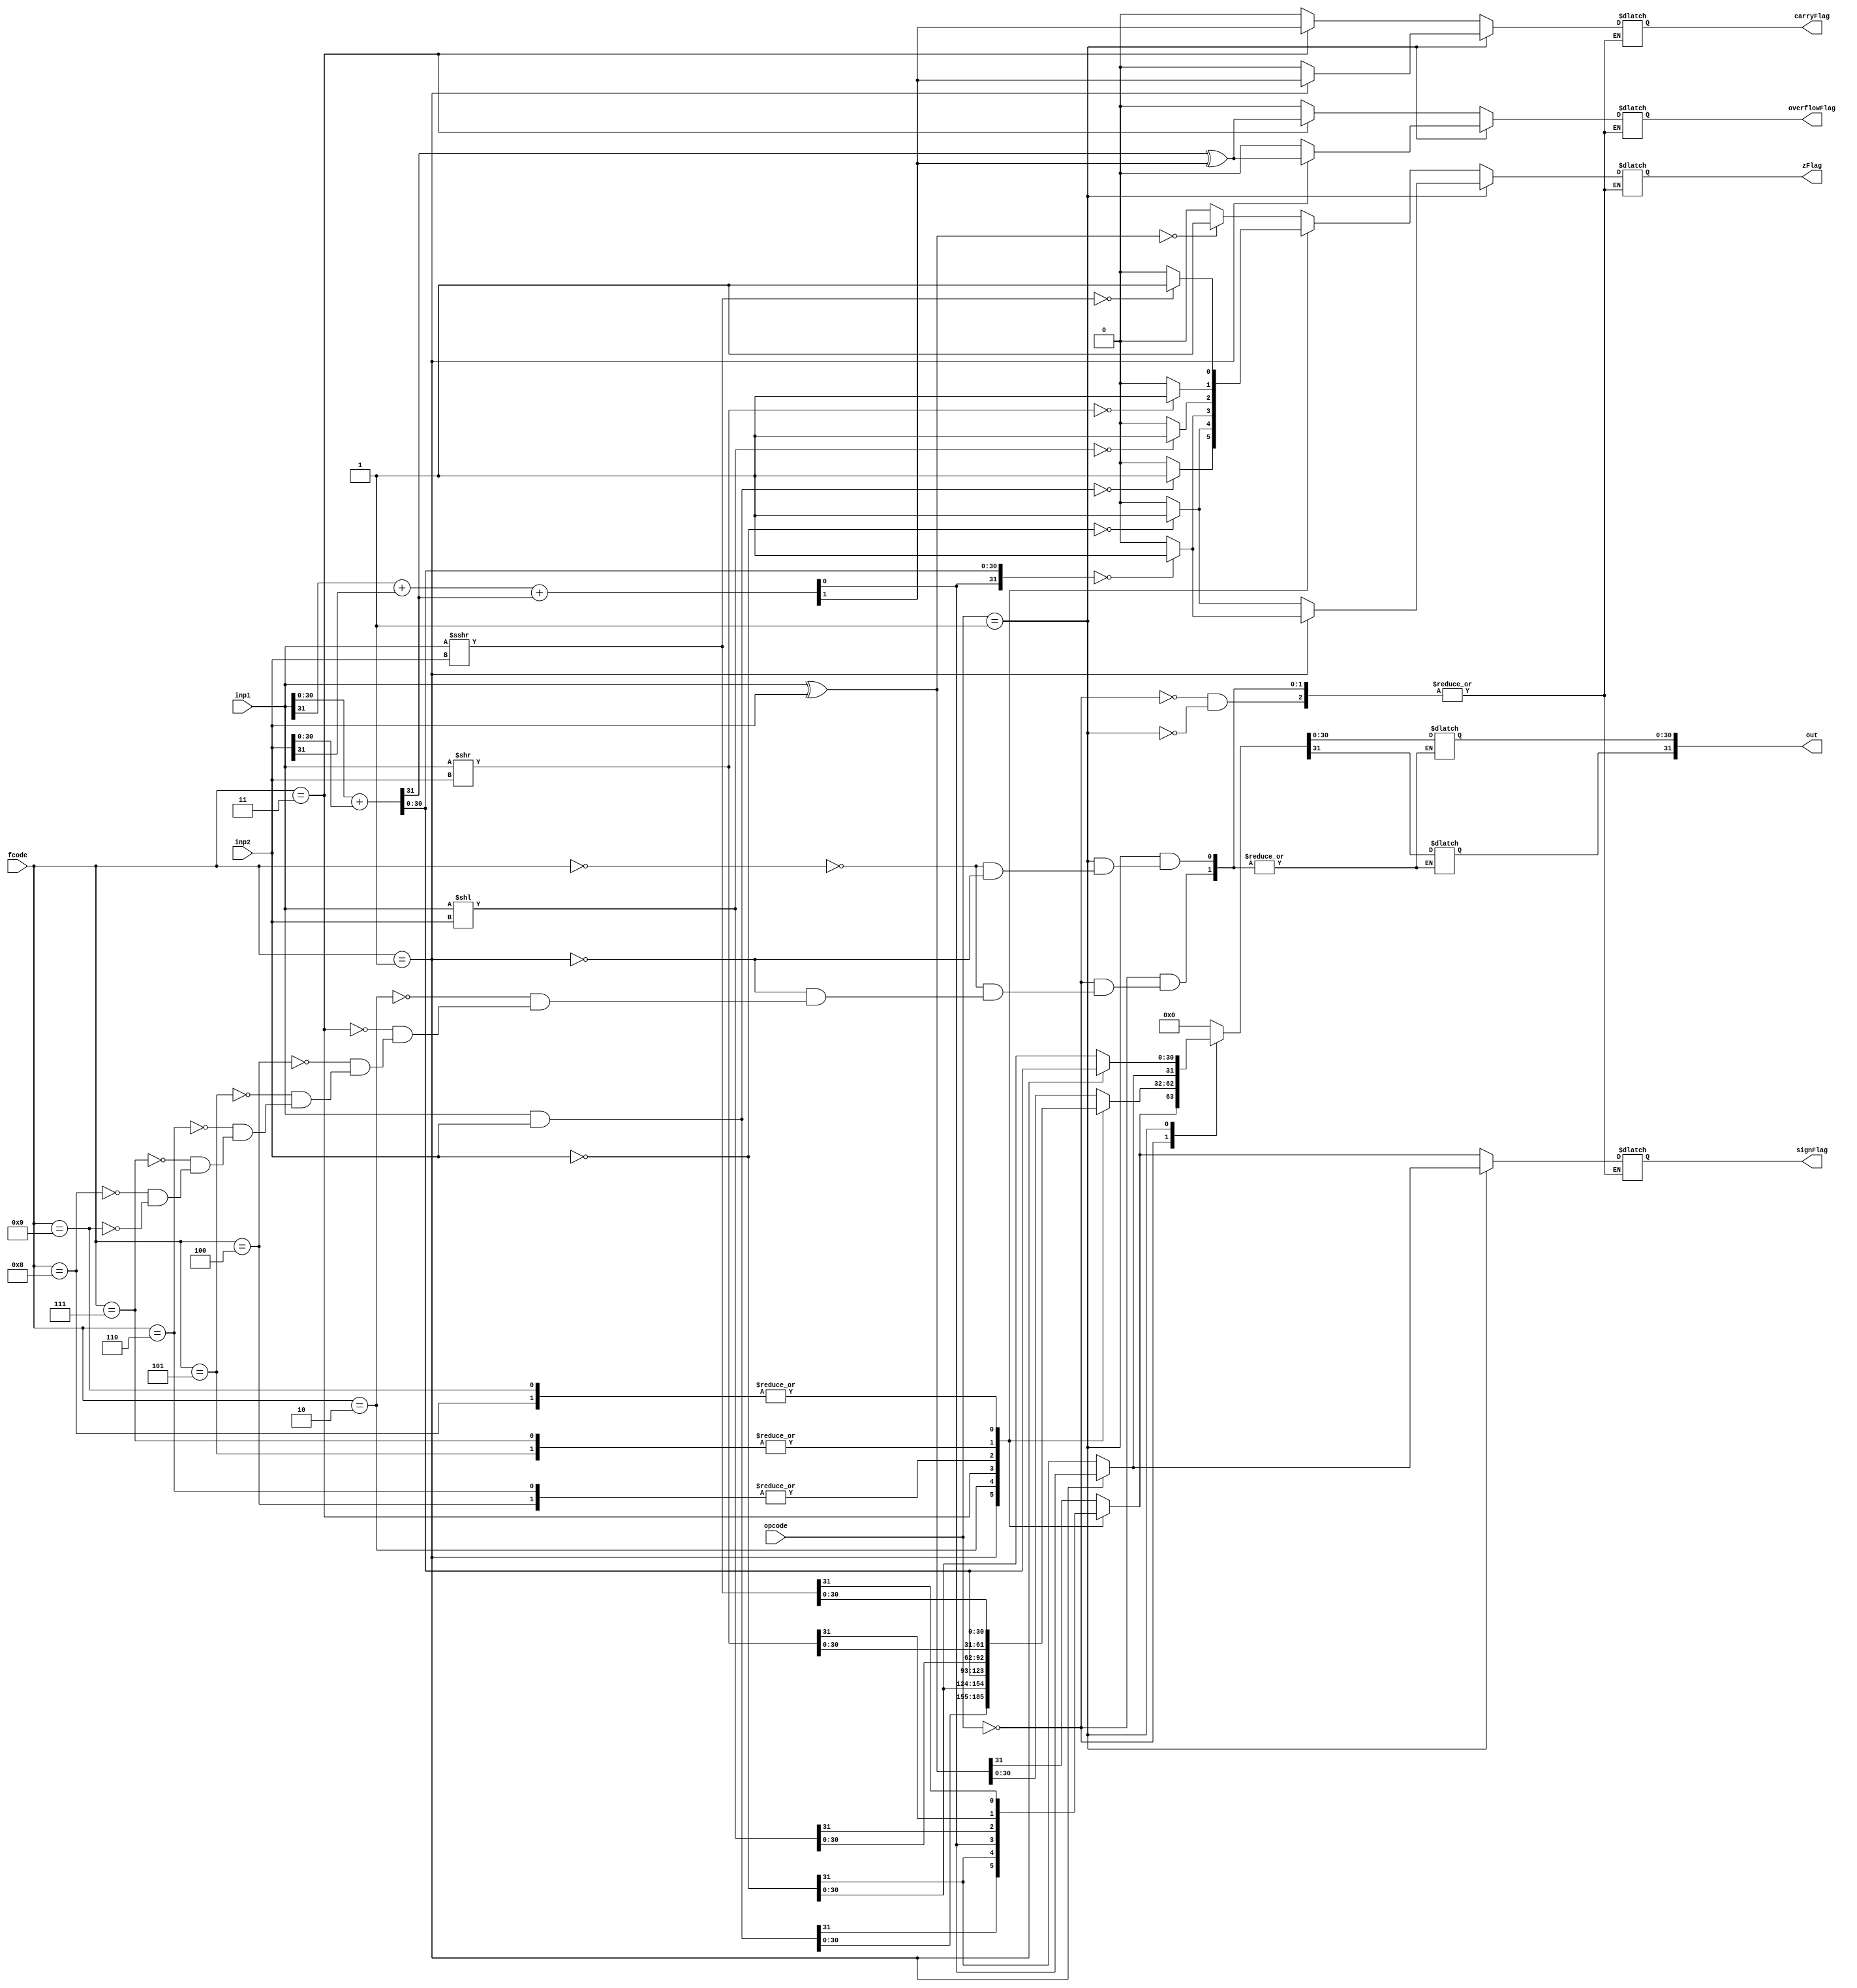
`timescale 1ns / 1ps
//ALU: To perform arithmetic and shift operations
//16CS10058 Lovish Chopra
//16CS10057 Himanshu Mundhra

module ALU(
    input [31:0] inp1,
    input [31:0] inp2,
	 input [2:0] opcode,
    input [3:0] fcode,
    output reg [31:0] out,
	 output reg carryFlag,
	 output reg zFlag,
	 output reg signFlag,
	 output reg overflowFlag
    );

reg c31,c32;

always @(*)
	begin
		case(opcode) 
			3'b000: begin              //R Type arithmetic and shift instructions
						case(fcode)
						4'b0000: begin     //xor
									out=inp1^inp2;
									overflowFlag=1'b0;
									carryFlag=1'b0;
									zFlag=(out==0)?1'b1:1'b0;
									signFlag=out[31];
									end
						4'b0001:	begin 	//and
									out=inp1&inp2;
									overflowFlag=1'b0;
									carryFlag=1'b0;
									zFlag=(out==0)?1'b1:1'b0;
									signFlag=out[31];
									end 
						4'b0010:	begin		//comp
									out=~inp2;
									overflowFlag=1'b0;
									carryFlag=1'b0;
									zFlag=(out==0)?1'b1:1'b0;
									signFlag=out[31];
									end
						4'b0011:	begin		//add
									{c31,out[30:0]}=inp1[30:0]+inp2[30:0];
									{c32,out[31]}=inp1[31]+inp2[31]+c31;
									overflowFlag=c31^c32;
									carryFlag=c32;
									zFlag=(out==0)?1'b1:1'b0;
									signFlag=out[31];
									end 
						4'b0100:	begin		//shll
									out=inp1<<inp2;
									overflowFlag=1'b0;
									carryFlag=1'b0;
									zFlag=(out==0)?1'b1:1'b0;
									signFlag=out[31];
									end
						4'b0101:	begin		//shrl
									out=inp1>>inp2;
									overflowFlag=1'b0;
									carryFlag=1'b0;
									zFlag=(out==0)?1'b1:1'b0;
									signFlag=out[31];
									end
						4'b0110:	begin		//shllv
									out=inp1<<inp2;
									overflowFlag=1'b0;
									carryFlag=1'b0;
									zFlag=(out==0)?1'b1:1'b0;
									signFlag=out[31];
									end	
						4'b0111:	begin		//shrlv
									out=inp1>>inp2;
									overflowFlag=1'b0;
									carryFlag=1'b0;
									zFlag=(out==0)?1'b1:1'b0;
									signFlag=out[31];
									end	
						4'b1000:	begin		//shra
									out=inp1>>>inp2;
									overflowFlag=1'b0;
									carryFlag=1'b0;
									zFlag=(out==0)?1'b1:1'b0;
									signFlag=out[31];
									end	
						4'b1001:	begin		//shrav
									out=inp1>>>inp2;
									overflowFlag=1'b0;
									carryFlag=1'b0;
									zFlag=(out==0)?1'b1:1'b0;
									signFlag=out[31];
									end	
						endcase
				end
				
			 3'b001:
				begin
					case(fcode)            //Immediate type instructions
						4'b0000:	begin
									out=~inp2;      //compi
									overflowFlag=1'b0;
									carryFlag=1'b0;
									zFlag=(out==0)?1'b1:1'b0;
									signFlag=out[31];
									end
						4'b0001:	begin				//addi
									{c31,out[30:0]}=inp1[30:0]+inp2[30:0];
									{c32,out[31]}=inp1[31]+inp2[31]+c31;
									overflowFlag=c31^c32;
									carryFlag=c32;
									zFlag=(out==0)?1'b1:1'b0;
									signFlag=out[31];
									end 
					endcase
				end
			default:                //default: keep everything 0
						begin
						out=0;
						end
		endcase
	end
endmodule